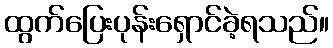
ထွက်ပြေးပုန်းရှောင်ခဲ့ရသည်။